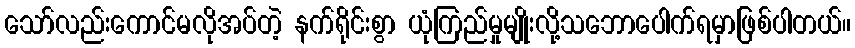
သော်လည်းကောင်မလိုအပ်တဲ့ နက်ရိုင်းစွာ ယုံကြည်မှုမျိုးလို့သဘောပေါက်ရမှာဖြစ်ပါတယ်။